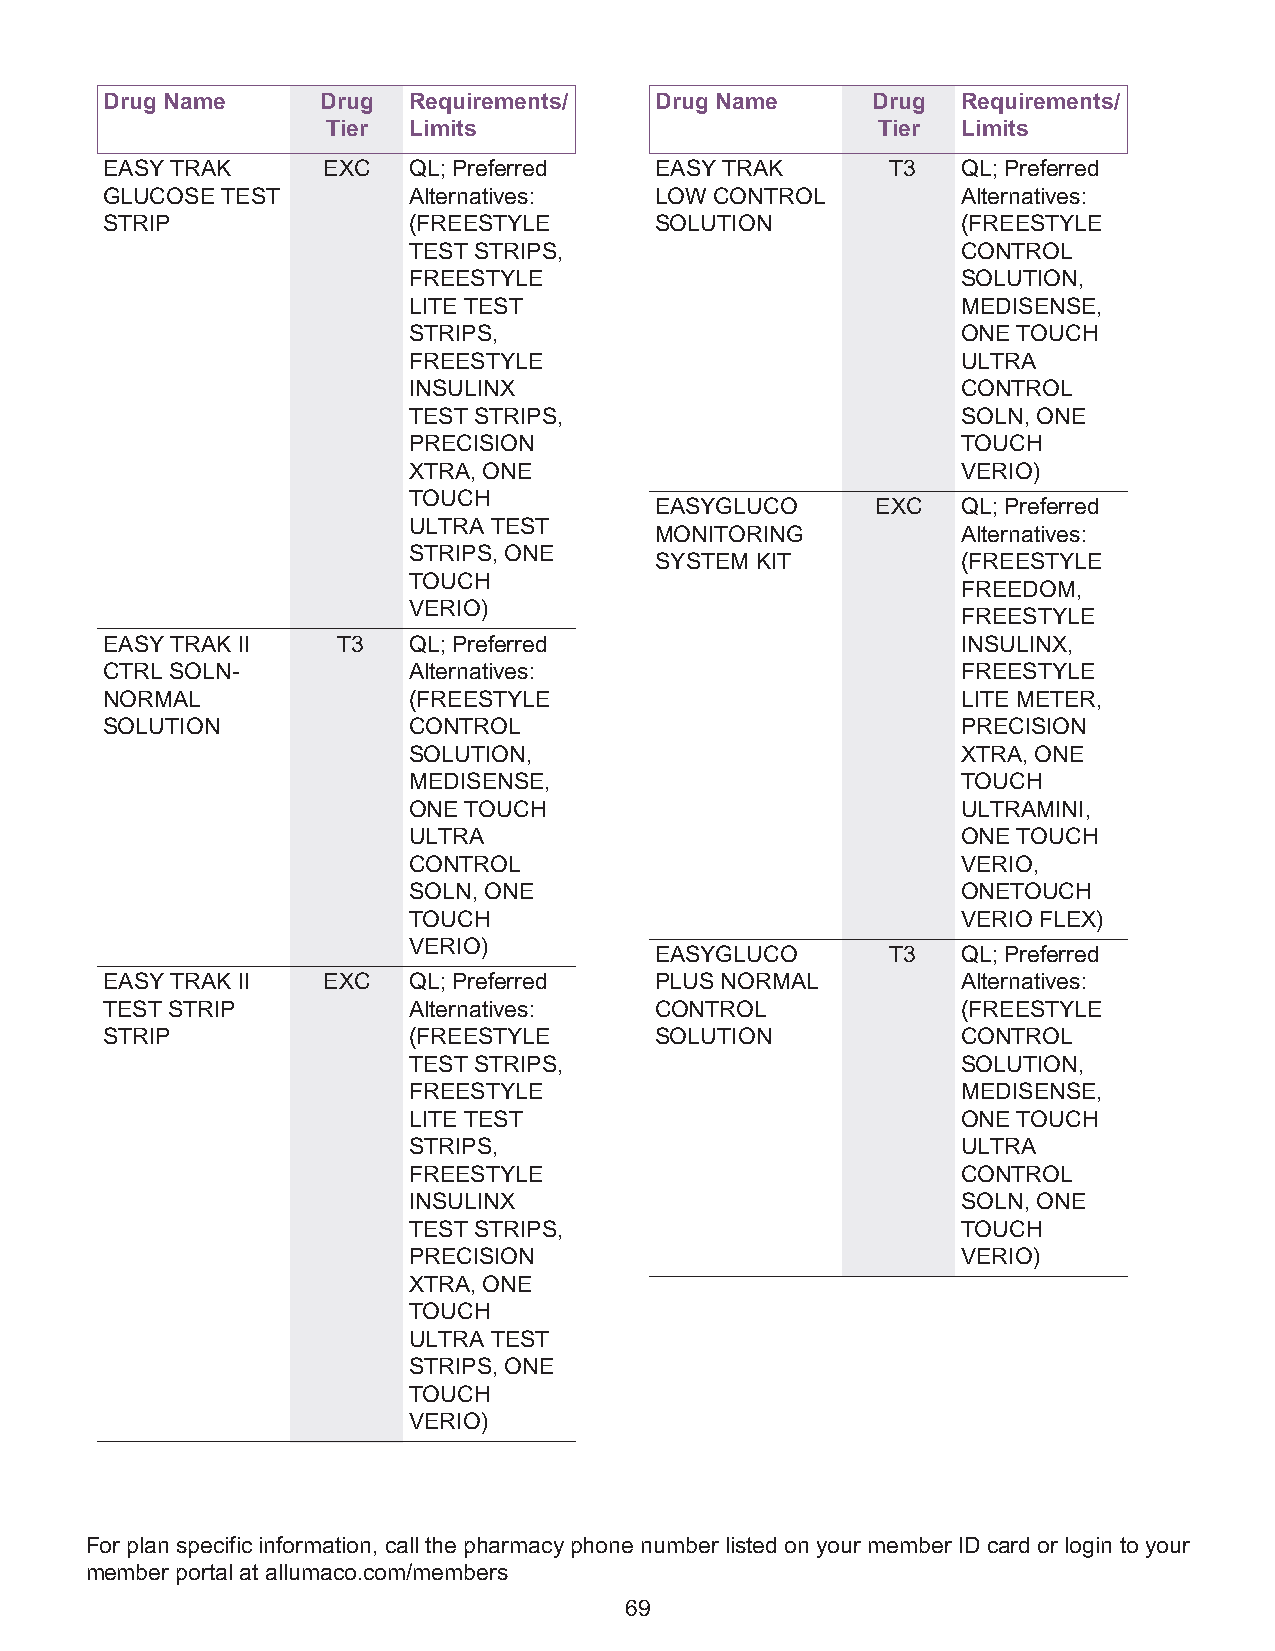
Drug Name     Drug  Requirements/   Drug Name      Drug  Requirements/
 Tier Limits                         Tier  Limits
 EASY TRAK     EXC   QL; Preferred   EASY TRAK       T3   QL; Preferred
 GLUCOSE TEST        Alternatives:   LOW CONTROL          Alternatives:
 STRIP               (FREESTYLE      SOLUTION             (FREESTYLE
 TEST STRIPS,                         CONTROL
 FREESTYLE                            SOLUTION,
 LITE TEST                            MEDISENSE,
 STRIPS,                              ONE TOUCH
 FREESTYLE                            ULTRA
 INSULINX                             CONTROL
 TEST STRIPS,                         SOLN, ONE
 PRECISION                            TOUCH
 XTRA, ONE                            VERIO)
 TOUCH
 EASYGLUCO      EXC   QL; Preferred
 ULTRA TEST
 MONITORING           Alternatives:
 STRIPS, ONE
 SYSTEM KIT           (FREESTYLE
 TOUCH
 FREEDOM,
 VERIO)
 FREESTYLE
 EASY TRAK II   T3   QL; Preferred                        INSULINX,
 CTRL SOLN-          Alternatives:                        FREESTYLE
 NORMAL              (FREESTYLE                           LITE METER,
 SOLUTION            CONTROL                              PRECISION
 SOLUTION,                            XTRA, ONE
 MEDISENSE,                           TOUCH
 ONE TOUCH                            ULTRAMINI,
 ULTRA                                ONE TOUCH
 CONTROL                              VERIO,
 SOLN, ONE                            ONETOUCH
 TOUCH                                VERIO FLEX)
 VERIO)
 EASYGLUCO       T3   QL; Preferred
 EASY TRAK II  EXC   QL; Preferred   PLUS NORMAL          Alternatives:
 TEST STRIP          Alternatives:   CONTROL              (FREESTYLE
 STRIP               (FREESTYLE      SOLUTION             CONTROL
 TEST STRIPS,                         SOLUTION,
 FREESTYLE                            MEDISENSE,
 LITE TEST                            ONE TOUCH
 STRIPS,                              ULTRA
 FREESTYLE                            CONTROL
 INSULINX                             SOLN, ONE
 TEST STRIPS,                         TOUCH
 PRECISION                            VERIO)
 XTRA, ONE
 TOUCH
 ULTRA TEST
 STRIPS, ONE
 TOUCH
 VERIO)
 For plan specific information, call the pharmacy phone number listed on your member ID card or login to your
 member portal at allumaco.com/members
 69